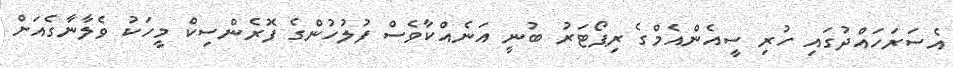
އެސަރަހައްދުގައި ހުރި ސީއެންއެމްގެ ރިޕޯޓަރު ބުނީ އަނެއްކާވެސް ފުލުހުންގެ ފޮރެންސިކް މީހަކު ވެލާނާގެއަށް